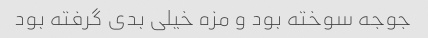
جوجه سوخته بود و مزه خیلی بدی گرفته بود